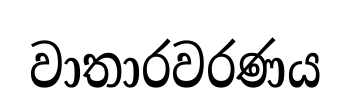
වාතාරවරණය